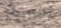
للإطاحة